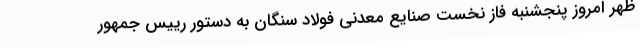
ظهر امروز پنجشنبه فاز نخست صنایع معدنی فولاد سنگان به دستور رییس جمهور